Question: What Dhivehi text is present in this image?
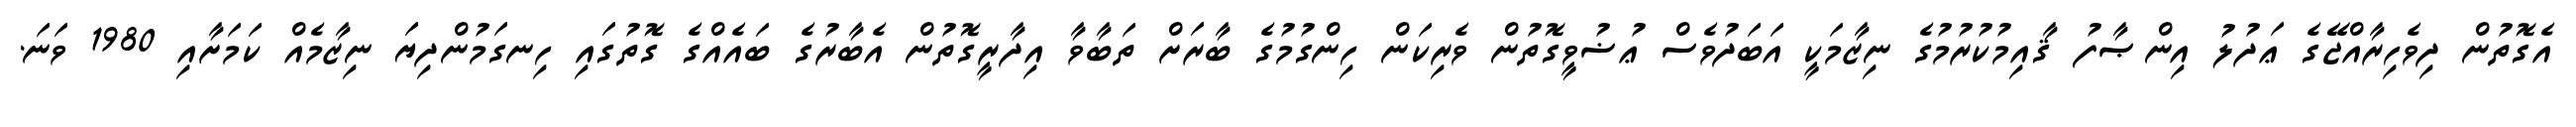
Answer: އެގޮތުން ދިވެހިރާއްޖޭގެ ޢަދުލު އިންޞާފު ޤާއިމުކުރުމުގެ ނިޒާމަކީ އަބަދުވެސް ޢުޟުވީގޮތުން ވެރިކަން ހިންގުމުގެ ބާރަށް ތަބާވާ އިދާރީގޮތުން އެބާރުގެ ބައެއްގެ ގޮތުގައި ހިނގަމުންދިޔަ ނިޒާމެއް ކަމަށާއި 1980 ވަނަ.